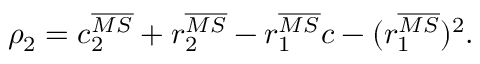
\rho _ { 2 } = c _ { 2 } ^ { \overline { { { M S } } } } + r _ { 2 } ^ { \overline { { { M S } } } } - r _ { 1 } ^ { \overline { { { M S } } } } c - ( r _ { 1 } ^ { \overline { { { M S } } } } ) ^ { 2 } .